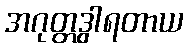
အဂုတ္တဒွါရတာယ